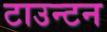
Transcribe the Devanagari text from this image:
टाउन्टन